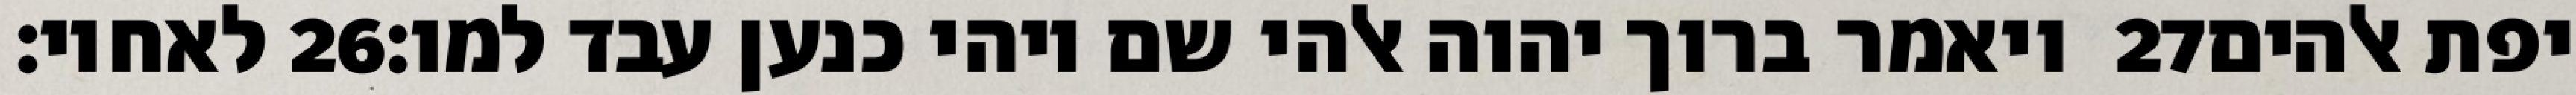
לאחיו׃ ‎26‏ ויאמר ברוך יהוה אלהי שם ויהי כנען עבד למו׃ ‎27‏ יפת אלהים